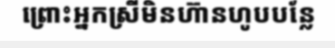
ព្រោះអ្នកស្រីមិនហ៊ានហូបបន្លែ